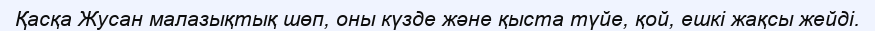
Қасқа Жусан малазықтық шөп, оны күзде және қыста түйе, қой, ешкі жақсы жейді.